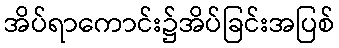
အိပ်ရာကောင်း၌အိပ်ခြင်းအပြစ်